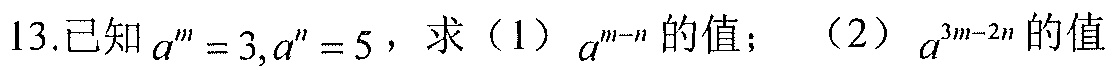
13.已知$a^m = 3,a^n = 5$，求（1）$a^{m - n}$的值；（2）$a^{3m - 2n}$的值